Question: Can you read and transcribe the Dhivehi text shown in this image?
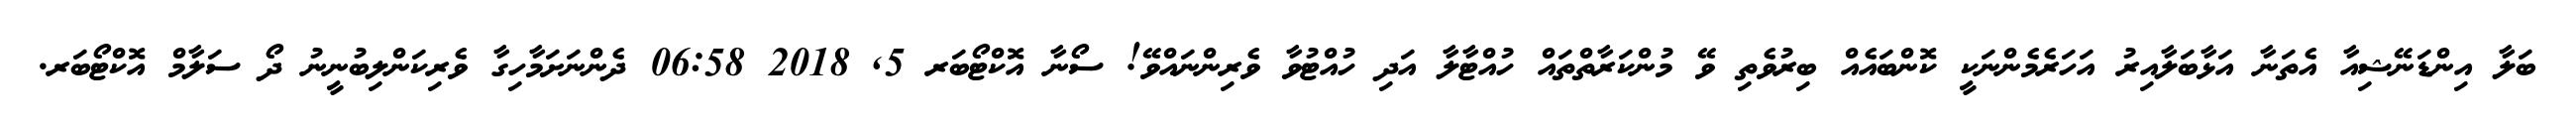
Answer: ބަލާ އިންޑަނޭޝިއާ އެތަނާ އަޅާބަލާއިރު އަހަރެމެންނަކީ ކޮންބައެއް ބިރުވެތި ވޭ މުންކަރާތްތައް ހުއްޓާލާ އަދި ހުއްޓުވާ ވެރިންނައްވޭ! ސޯނާ އޮކްޓޯބަރ 5, 2018 06:58 ދެންނަށަމާހިގާ ވެރިކަންލިބުނީނު ދޯ ސަލާމް އޮކްޓޯބަރ.